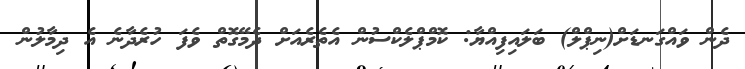
ދެން ވައްގަނޑަށް(ނިޕްލް) ބަލައިފިއްޔާ: ކޮމްޕްލެކްސުން އެތެރެއަށް ދެމޭގޮތް ވެފަ ހުރެދާނެ އެ ދިމާލުން